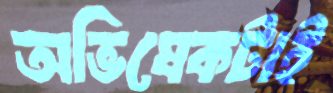
অভিষেকটাই